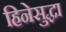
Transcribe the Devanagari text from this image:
हिनेसुद्धा